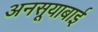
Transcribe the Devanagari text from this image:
अनसूयाबाई